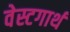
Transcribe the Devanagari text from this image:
वेस्टगार्थ